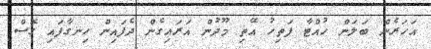
އަހަރެން ބަލަން ހުއްޓާ ފަތިހު އޭތި މޫދުން އަރައިގެން ދެފައިން ހިނގާފައި ގޮސް